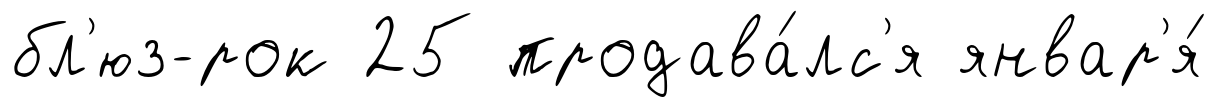
бл'юз-рок 25 продава́лс'я январ'я́